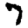
Digit: 7